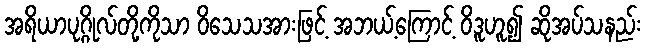
အရိယာပုဂ္ဂိုလ်တို့ကိုသာ ဝိသေသအားဖြင့် အဘယ့်ကြောင့် ဝိဒူဟူ၍ ဆိုအပ်သနည်း